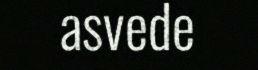
asvede